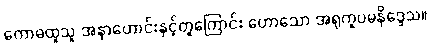
ကောဓထူသူ အနာဟောင်းနှင့်တူကြောင်း ဟောသော အရုကူပမနိဒ္ဒေသ။